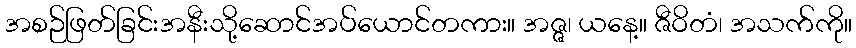
အစဉ်ဖြတ်ခြင်းအနီးသို့ဆောင်အပ်ယောင်တကား။ အဇ္ဇ၊ ယနေ့။ ဇီဝိတံ၊ အသက်ကို။